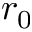
r _ { 0 }